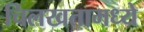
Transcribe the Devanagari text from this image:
चिलखतामध्ये